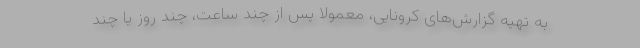
به تهیه گزارش‌های کرونایی، معمولاً پس از چند ساعت، چند روز یا چند